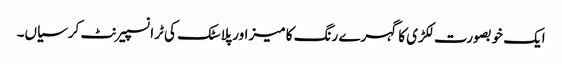
ایک خوبصورت لکڑی کا گہرے رنگ کا میز اور پلاسٹک کی ٹرانسپیرنٹ کرسیاں۔